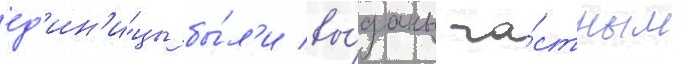
ед'ин'и́цы бы́л'и вы́даны ча́стным